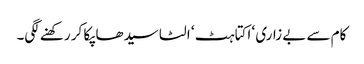
کام سے بے زاری ‘ اکتاہٹ ‘ الٹا سیدھا پکا کر رکھنے لگی۔